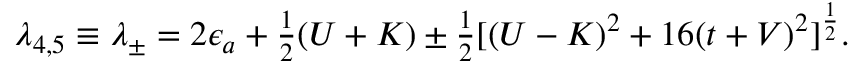
\begin{array} { r } { \lambda _ { 4 , 5 } \equiv \lambda _ { \pm } = 2 \epsilon _ { a } + \frac { 1 } { 2 } ( U + K ) \pm \frac { 1 } { 2 } [ ( U - K ) ^ { 2 } + 1 6 ( t + V ) ^ { 2 } ] ^ { \frac { 1 } { 2 } } . } \end{array}